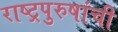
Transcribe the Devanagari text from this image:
राष्ट्रपुरुषांची